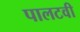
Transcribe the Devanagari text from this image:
पालटवी